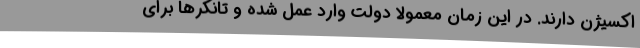
اکسیژن دارند. در این زمان معمولا دولت وارد عمل شده و تانکرها برای